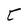
Character: C